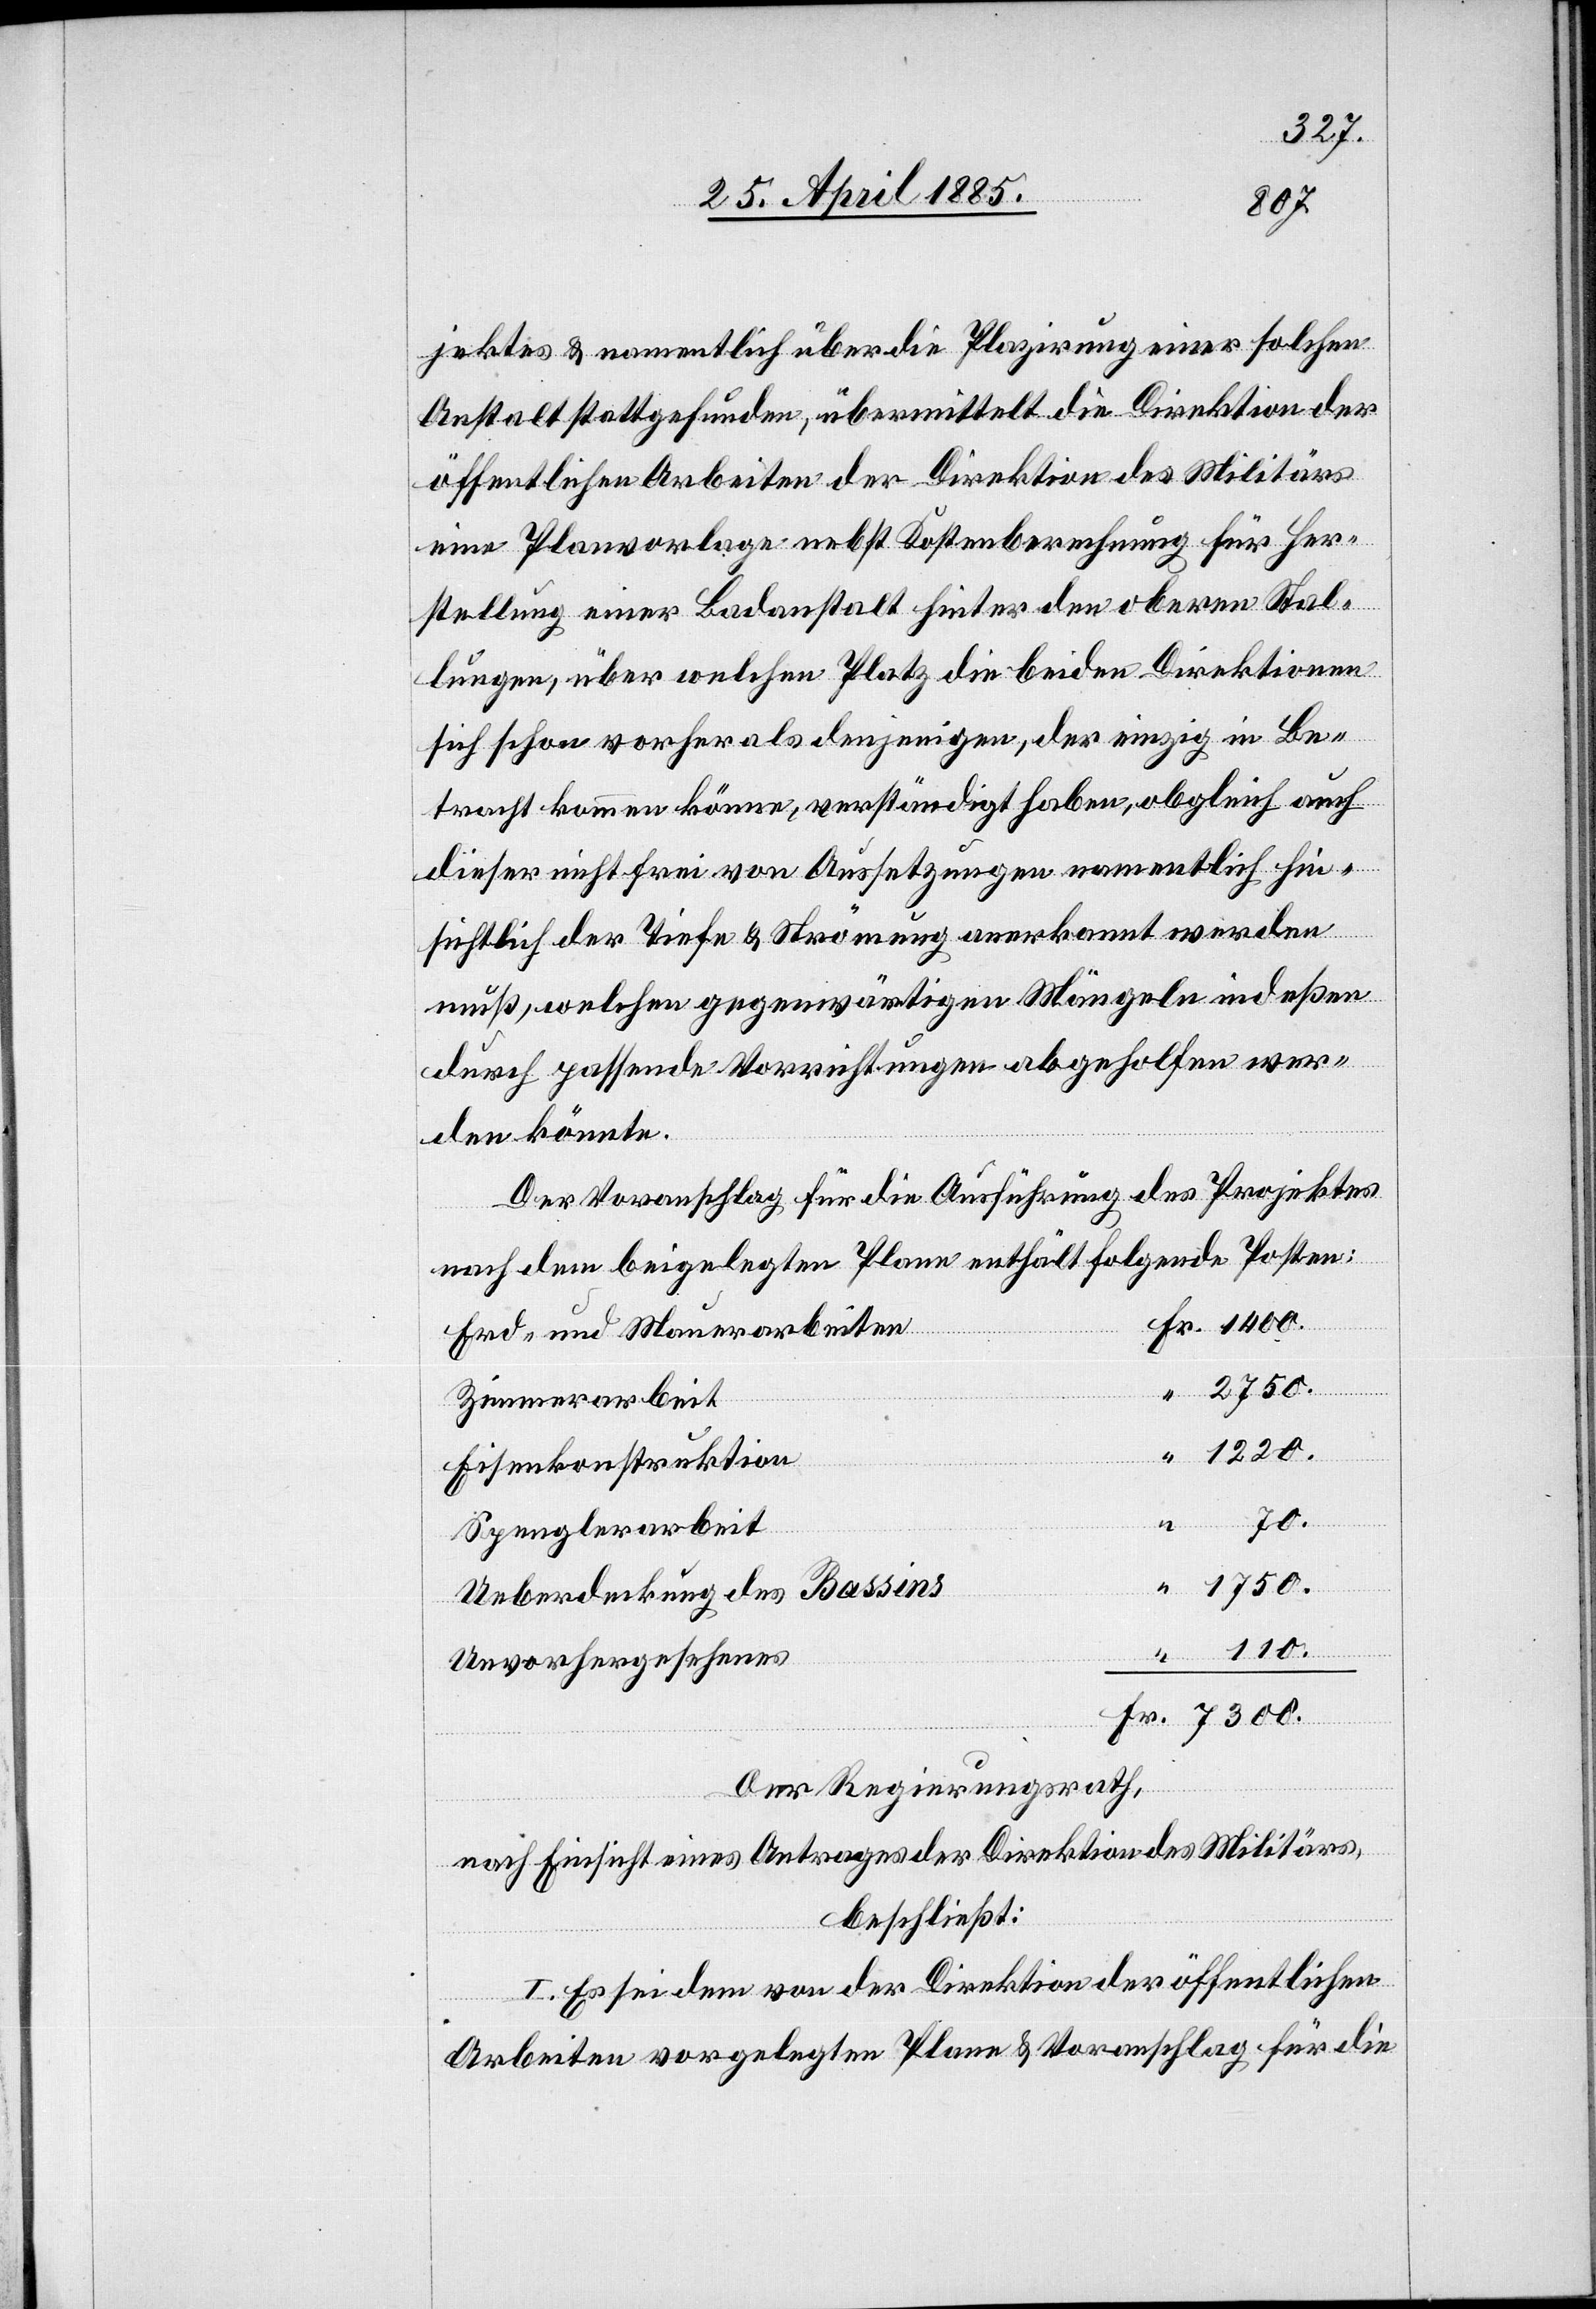
7300.
jektes & namentlich über die Plazirung einer solchen
Anstalt stattgefunden, übermittelt die Direktion der
öffentlichen Arbeiten der Direktion des Militärs
eine Planvorlage nebst Kostenberechnung für Her¬
stellung einer Badeanstalt hinter den obern Stal¬
lungen, über welchen Platz die beiden Direktionen
sich schon vorher als denjenigen, der einzig in Be¬
tracht kommen könne, verständigt haben, obgleich auch
dieser nicht frei von Aussetzungen namentlich hin¬
sichtlich der Tiefe & Strömung anerkannt werden
muß, welchen gegenwärtigen Mängeln indeßen
Fr.
durch passende Vorrichtungen abgeholfen wer¬
den könnte.
Der Voranschlag für die Ausführung des Projektes
nach dem beigelegten Plane enthält folgende Posten:
Erd- und Mauerarbeiten
Fr.
Zimmerarbeit
1220.
Eisenkonstruktion
Spenglerarbeit
Ueberdeckung des Bassins
“
Unvorhergesehenes
Der Regierungsrath,
nach Einsicht eines Antrages der Direktion des Militärs,
beschließt:
I. Es sei dem von der Direktion der öffentlichen
Arbeiten vorgelegten Plane & Voranschlag für die